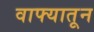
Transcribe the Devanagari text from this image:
वाफ्यातून